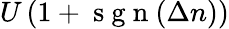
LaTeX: U\left(1+\mathrm{~s~g~n~}(\Delta n)\right)